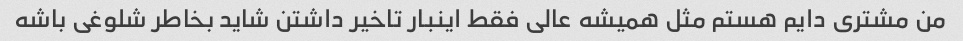
من مشتری دایم هستم مثل همیشه عالی فقط اینبار تاخیر داشتن شاید بخاطر شلوغی باشه